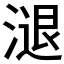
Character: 𣻇